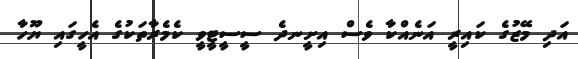
އަދި މޭޒުގެ ކައިރީ އަނެއްކާ ވެސް އިށީނދެ ސީސީޓީވީ ކެމެރާތަކުގެ އެހީގައި ޔޫހާ